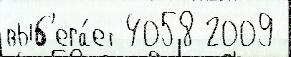
выб'ега́ет 4058 2009